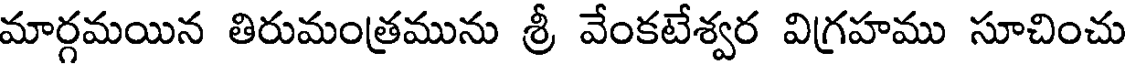
మార్గమయిన తిరుమంత్రమును శ్రీ వేంకటేశ్వర విగ్రహము సూచించు